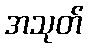
အသုတ်